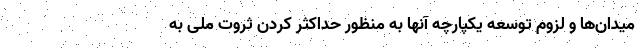
میدان‌ها و لزوم توسعه یکپارچه آنها به منظور حداکثر کردن ثروت ملی به